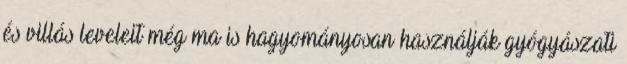
és villás leveleit még ma is hagyományosan használják gyógyászati